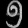
Digit: ၅